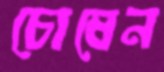
চোষেন